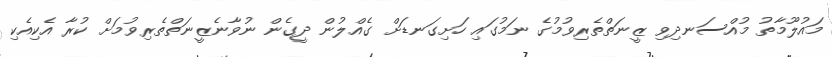
މައުލޫމާތު މުއްސަނދިވި ޒީނަތްތެރިވުމުގެ ނަމުގައި ހަށިގަނޑަށް ގެއްލުން ދީގެން ނުވާނެޒީނަތްތެރިވުމަށް ކުރާ އެކިއެކި